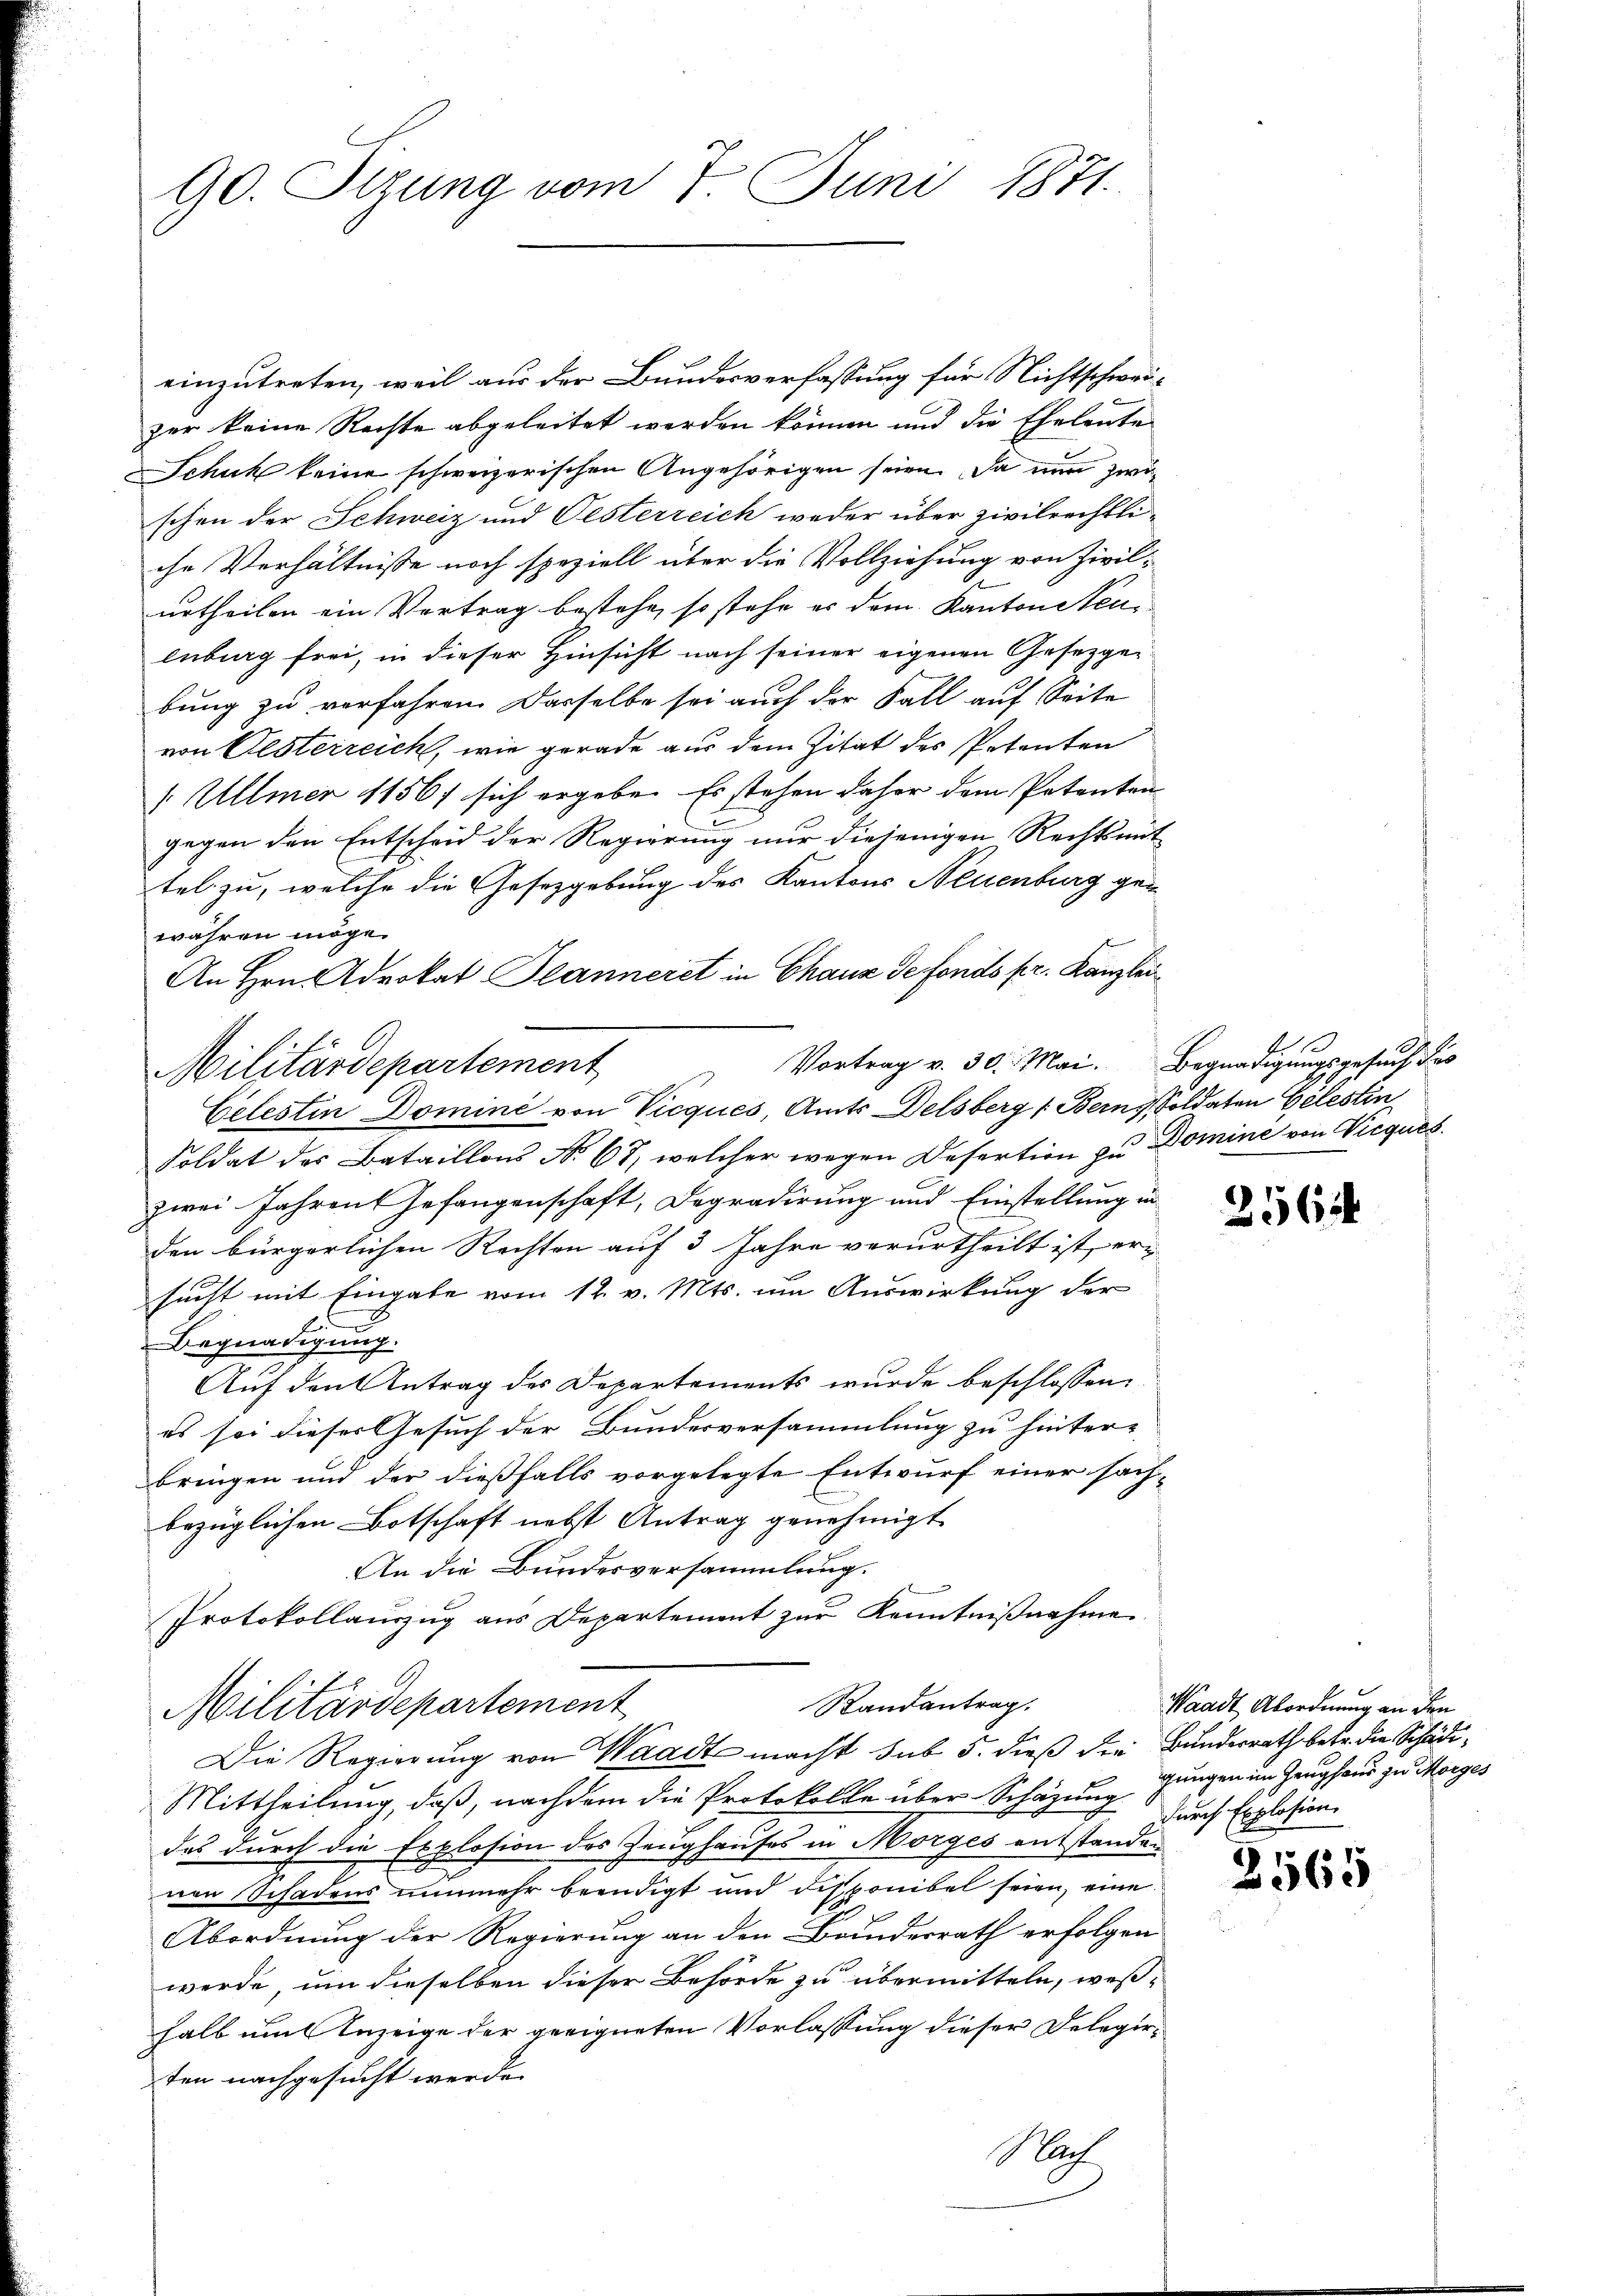
90. Stzung vom 7. Juni 1871.

einzutreten, weil aus der Bundesverfassung für Nichtschweizer keine Rechte abgeleitet werden können und die Eheleute
Schuck keine schweizerischen Angehörigen seien. Da nun zwischon der Schweiz und Oesterreich weder über zivilrechtliche Verhältnisse noch speziell über die Vollziehung von Zivilurtheilen ein Vertrag bestehe, so stehe er dem Kanton Steulnburg frei, in dieser Hinsicht nach seiner eigenen Gesetzgebung zu verfahren. Dasselbe sei auch der Fall auf Seite
von Elsterreich, wie gerade aus dem Zitat des Petenten
1 Ullmer 1156/ sich ergebe. Es stehen daher dem Petenten
gegen den Entscheid der Regierung nur diejenigen Rechtsmit
tel zu, welche die Gesetzgebung des Kantons Neuenburg gewähren möge.
An Hrn. Advokat Peanneret in Chaux de fondo pr. Kanzlei
Soldat des Bataillons No. 67, welcher wegen Desertion zu Domine von Vieques.
zwei Jahren Gefangenschaft, Degradirung und Einstellung in
den bürgerlichen Rechten auf 3 Jahre verurtheilt ist, er
sucht mit Eingabe vom 12. v. Mts. um Auswirkung der
Begnadigung.
Auf den Antrag des Departements wurde beschlossen:
es sei dieser Gesuch der Bundesversammlung zu hinter-
bringen und der dießfalls vorgelegte Entwurf einer sachbezüglichen Botschaft nebst Antrag genehmigt
An die Bundesversammlung.
Protokollauszug aus Departement zur Kenntnißnahme
Randantrag.
Militärdepartement
Die Regierung von Waadt macht sub 5. dieß die Bunderrath betr. die Schädi¬
Mittheilung, daß, nachdem die Protokolle über Schäzung
das durch die Explosion des Zeughauses in Morges entstanden
nen Schadens nunmehr beendigt und disponibel seien, eine
Abordnung der Regierung an den Banderrath erfolgen
werde, um dieselben dieser Behörde zu übermitteln, weßhalb mit Anzeige der geeigneten Vorlassung dieser Delegieten nachgesucht werde.
Nach

Militärdepartement

Celestin Domine von Vicques, Amts Delsberg (Bern, Soldaten Gelestin

1
f.
Vortrag v. 30. Mai. Begnadigungsgesuch des

2565

e
Waadt Abordnung an den
gungen im Zeughaus zu Morges
durch Explosion.

2565